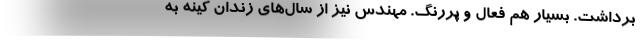
برداشت. بسیار هم فعال و پررنگ. مهندس نیز از سال‌های زندان کینه به